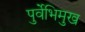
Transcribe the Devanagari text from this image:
पुर्वेभिमुख